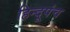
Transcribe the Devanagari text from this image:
हिन्दूपंच